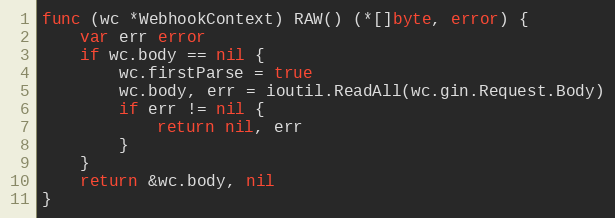
Language: Go
func (wc *WebhookContext) RAW() (*[]byte, error) {
	var err error
	if wc.body == nil {
		wc.firstParse = true
		wc.body, err = ioutil.ReadAll(wc.gin.Request.Body)
		if err != nil {
			return nil, err
		}
	}
	return &wc.body, nil
}